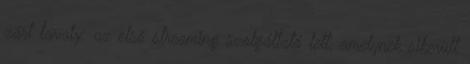
zárt tavaly: az első streaming szolgáltató lett, amelynek sikerült